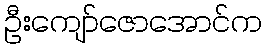
ဦးကျော်ဇောအောင်က